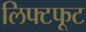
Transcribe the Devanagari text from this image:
लिफ्टफूट